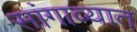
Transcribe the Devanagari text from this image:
सांगाव्यात